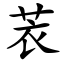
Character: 䒾